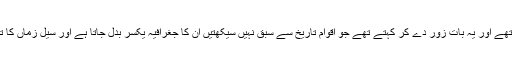
وہ تاریخ کو ایک مسلسل عمل کا نام دیتے تھے اور یہ بات زور دے کر کہتے تھے جو اقوام تاریخ سے سبق نہیں سیکھتیں ان کا جغرافیہ یکسر بدل جاتا ہے اور سیل زماں کا تھپیڑا انھیں عبرت کا ایک سبق بنا دیتا ہے۔